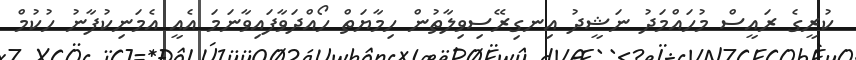
ކުރީގެ ރައީސް މުހައްމަދު ނަޝީދު އިނގިރޭސިވިލާތުން ހިމާޔަތް ހޯއްދަވާފައިވާނަމަ އެއީ އެމަނިކުފާނު ހުކުމް